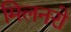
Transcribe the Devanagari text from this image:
मिलनरो